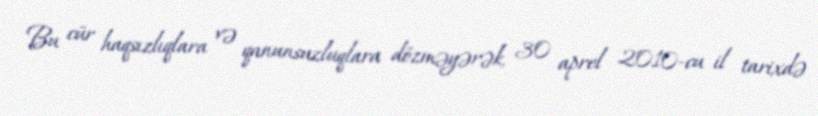
Bu cür haqsızlıqlara və qanunsuzluqlara dözməyərək, 30 aprel 2010-cu il tarixdə